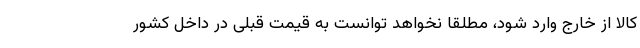
کالا از خارج وارد شود، مطلقاً نخواهد توانست به قیمت قبلی در داخل کشور